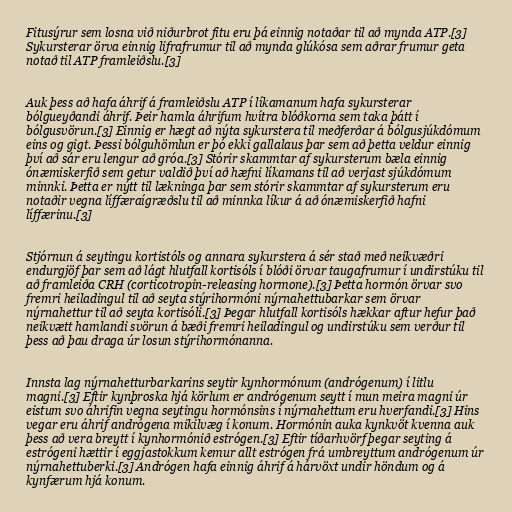
Fitusýrur sem losna við niðurbrot fitu eru þá einnig notaðar til að mynda ATP.[3]
Sykursterar örva einnig lifrafrumur til að mynda glúkósa sem aðrar frumur geta
notað til ATP framleiðslu.[3]

Auk þess að hafa áhrif á framleiðslu ATP í líkamanum hafa sykursterar
bólgueyðandi áhrif. Þeir hamla áhrifum hvítra blóðkorna sem taka þátt í
bólgusvörun.[3] Einnig er hægt að nýta sykurstera til meðferðar á bólgusjúkdómum
eins og gigt. Þessi bólguhömlun er þó ekki gallalaus þar sem að þetta veldur einnig
því að sár eru lengur að gróa.[3] Stórir skammtar af sykursterum bæla einnig
ónæmiskerfið sem getur valdið því að hæfni líkamans til að verjast sjúkdómum
minnki. Þetta er nýtt til lækninga þar sem stórir skammtar af sykursterum eru
notaðir vegna líffæraígræðslu til að minnka líkur á að ónæmiskerfið hafni
líffærinu.[3]

Stjórnun á seytingu kortistóls og annara sykurstera á sér stað með neikvæðri
endurgjöf þar sem að lágt hlutfall kortisóls í blóði örvar taugafrumur í undirstúku til
að framleiða CRH (corticotropin-releasing hormone).[3] Þetta hormón örvar svo
fremri heiladingul til að seyta stýrihormóni nýrnahettubarkar sem örvar
nýrnahettur til að seyta kortisóli.[3] Þegar hlutfall kortisóls hækkar aftur hefur það
neikvætt hamlandi svörun á bæði fremri heiladingul og undirstúku sem verður til
þess að þau draga úr losun stýrihormónanna.

Innsta lag nýrnahetturbarkarins seytir kynhormónum (andrógenum) í litlu
magni.[3] Eftir kynþroska hjá körlum er andrógenum seytt í mun meira magni úr
eistum svo áhrifin vegna seytingu hormónsins í nýrnahettum eru hverfandi.[3] Hins
vegar eru áhrif andrógena mikilvæg í konum. Hormónin auka kynkvöt kvenna auk
þess að vera breytt í kynhormónið estrógen.[3] Eftir tíðarhvörf þegar seyting á
estrógeni hættir í eggjastokkum kemur allt estrógen frá umbreyttum andrógenum úr
nýrnahettuberki.[3] Andrógen hafa einnig áhrif á hárvöxt undir höndum og á
kynfærum hjá konum.